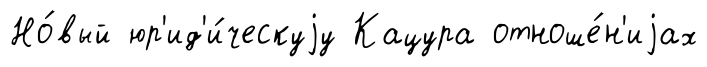
Но́вый юр'ид'и́ческуjу Кацура отноше́н'иjах